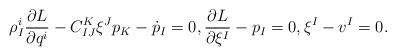
LaTeX: \begin{gather*}\rho ^i _I \frac{ \partial L }{ \partial q ^i } - C ^K _{ I J } \xi ^J p _K - \dot{p} _I = 0 , \frac{ \partial L }{ \partial \xi ^I } - p _I = 0 , \xi ^I - v ^I = 0 .\end{gather*}